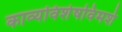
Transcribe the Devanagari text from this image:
काव्यविशेषविमर्श